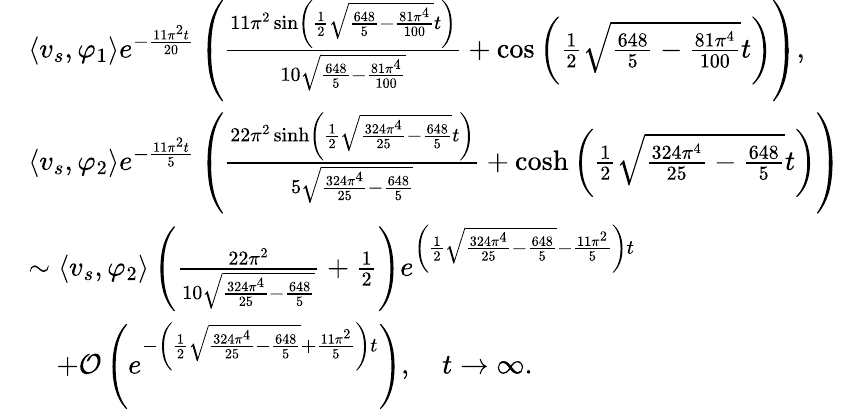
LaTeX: \begin{array}{rl}&{\left\langle v_{s},\varphi_{1}\right\rangle e^{-\frac{11\pi^{2}t}{20}}\left(\frac{11\pi^{2}\sin\left(\frac{1}{2}\sqrt{\frac{648}{5}-\frac{81\pi^{4}}{100}}t\right)}{10\sqrt{\frac{648}{5}-\frac{81\pi^{4}}{100}}}+\cos\left(\frac{1}{2}\sqrt{\frac{648}{5}-\frac{81\pi^{4}}{100}}t\right)\right),}\\ &{\left\langle v_{s},\varphi_{2}\right\rangle e^{-\frac{11\pi^{2}t}{5}}\left(\frac{22\pi^{2}\sinh\left(\frac{1}{2}\sqrt{\frac{324\pi^{4}}{25}-\frac{648}{5}}t\right)}{5\sqrt{\frac{324\pi^{4}}{25}-\frac{648}{5}}}+\cosh\left(\frac{1}{2}\sqrt{\frac{324\pi^{4}}{25}-\frac{648}{5}}t\right)\right)}\\ &{\sim\left\langle v_{s},\varphi_{2}\right\rangle\left(\frac{22\pi^{2}}{10\sqrt{\frac{324\pi^{4}}{25}-\frac{648}{5}}}+\frac{1}{2}\right)e^{\left(\frac{1}{2}\sqrt{\frac{324\pi^{4}}{25}-\frac{648}{5}}-\frac{11\pi^{2}}{5}\right)t}}\\ &{\quad+\mathcal{O}\left(e^{-\left(\frac{1}{2}\sqrt{\frac{324\pi^{4}}{25}-\frac{648}{5}}+\frac{11\pi^{2}}{5}\right)t}\right),\quad t\rightarrow\infty.}\end{array}